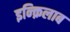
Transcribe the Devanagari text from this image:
इन्क़िलाब